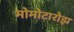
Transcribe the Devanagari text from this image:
मोमोटारोझ